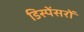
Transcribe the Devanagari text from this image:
डिस्पेंसरों